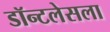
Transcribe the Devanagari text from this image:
डॉन्टलेसला